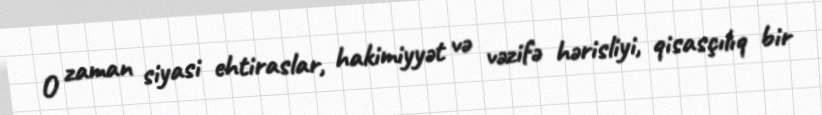
O zaman siyasi ehtiraslar, hakimiyyət və vəzifə hərisliyi, qisasçılıq bir